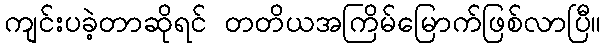
ကျင်းပခဲ့တာဆိုရင် တတိယအကြိမ်မြောက်ဖြစ်လာပြီ။